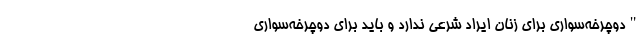
"دوچرخه‌سواری برای زنان ایراد شرعی ندارد و باید برای دوچرخه‌سواری